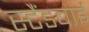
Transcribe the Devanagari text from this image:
स्‍टैंडबाई